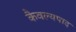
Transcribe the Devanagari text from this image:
कैवल्यपाद